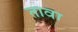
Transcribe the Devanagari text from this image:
तावा